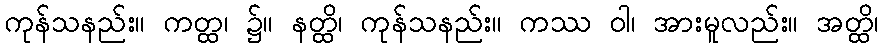
ကုန်သနည်း။ ကတ္ထ၊ ၌။ နတ္ထိ၊ ကုန်သနည်း။ ကဿ ဝါ၊ အားမူလည်း။ အတ္ထိ၊